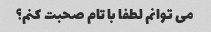
می توانم لطفا با تام صحبت کنم؟